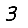
Digit: 3